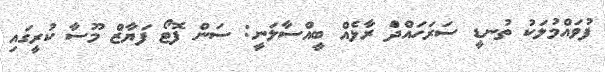
ފުވައްމުލަކު ތުނޑީ ސަރަހައްދަް ރާޅެއް ބީއްސާލަނީ: ސަން ފޮޓޯ ފަޔާޒް މޫސާ ކުރީގައި